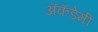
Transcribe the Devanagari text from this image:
अॅकॅडेमी